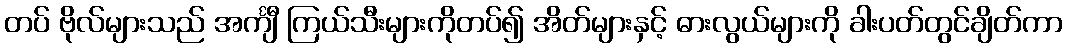
တပ် ဗိုလ်များသည် အင်္ကျီ ကြယ်သီးများကိုတပ်၍ အိတ်များနှင့် ဓားလွယ်များကို ခါးပတ်တွင်ချိတ်ကာ